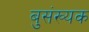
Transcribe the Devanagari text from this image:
बुसंख्यक